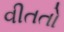
વીતતો